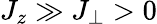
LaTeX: J_{z}\gg J_{\perp}>0